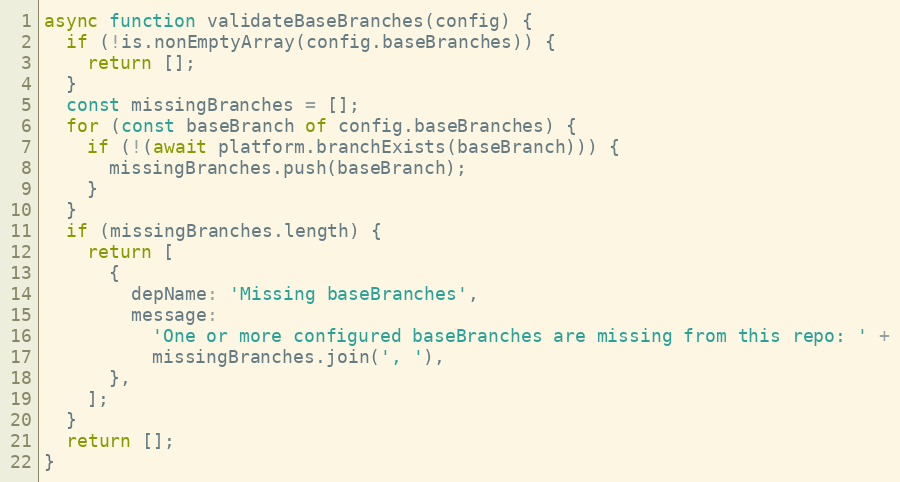
Language: JavaScript
async function validateBaseBranches(config) {
  if (!is.nonEmptyArray(config.baseBranches)) {
    return [];
  }
  const missingBranches = [];
  for (const baseBranch of config.baseBranches) {
    if (!(await platform.branchExists(baseBranch))) {
      missingBranches.push(baseBranch);
    }
  }
  if (missingBranches.length) {
    return [
      {
        depName: 'Missing baseBranches',
        message:
          'One or more configured baseBranches are missing from this repo: ' +
          missingBranches.join(', '),
      },
    ];
  }
  return [];
}